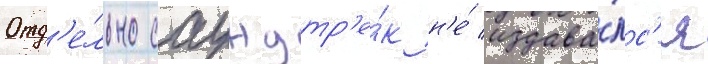
Отд'е́льно саундтр'е́к н'е́ издава́лс'я